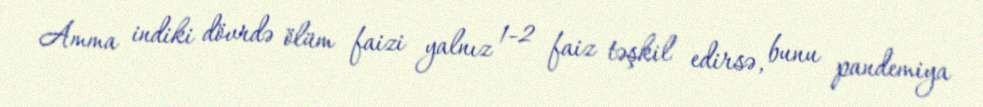
Amma indiki dövrdə ölüm faizi yalnız 1-2 faiz təşkil edirsə, bunu pandemiya